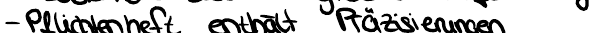
- Pflichtenheft enthält Präsizierungen